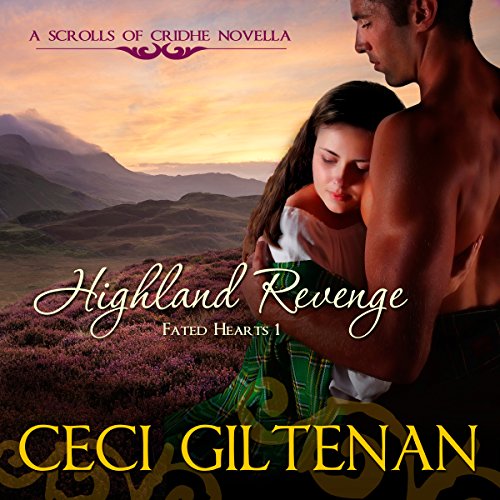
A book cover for Highland Revenge: Fated Hearts, Book 1; Ceci Giltenan; Romance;